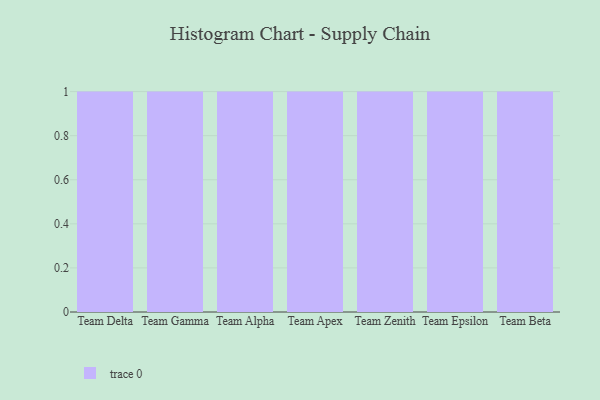
{"axis": {"x": "Team", "y": "Operating Costs (USD K)"}, "legend": [""], "data": [{"x": "Team Delta", "y": 35, "type": ""}, {"x": "Team Gamma", "y": 35, "type": ""}, {"x": "Team Alpha", "y": 94, "type": ""}, {"x": "Team Apex", "y": 29, "type": ""}, {"x": "Team Zenith", "y": 34, "type": ""}, {"x": "Team Epsilon", "y": 33, "type": ""}, {"x": "Team Beta", "y": 6, "type": ""}]}